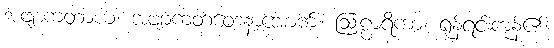
အဗျာကတာယ၊ အဗျာကတဝေဒနာအောက်။ ဩဠာရိကာ၊ ရုန့်ရင်းကုန်၏။